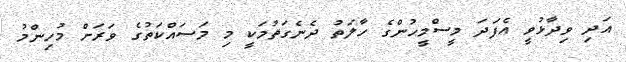
އަދި ވިދާޅުވީ އެފަދަ މީސްމީހުންގެ ހާލަތު ދެނެގަތުމަކީ މި މަސައްކަތުގެ ވަރަށް މުހިންމު